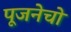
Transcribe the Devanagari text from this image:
पूजनेचो